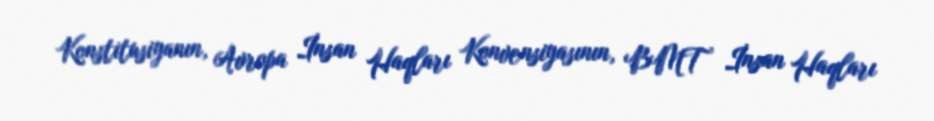
Konstitusiyanın, Avropa İnsan Haqları Konvensiyasının, BMT İnsan Haqları